Indian journal of veterinary science and animal husbandry - Volume 10,
Year: 1940
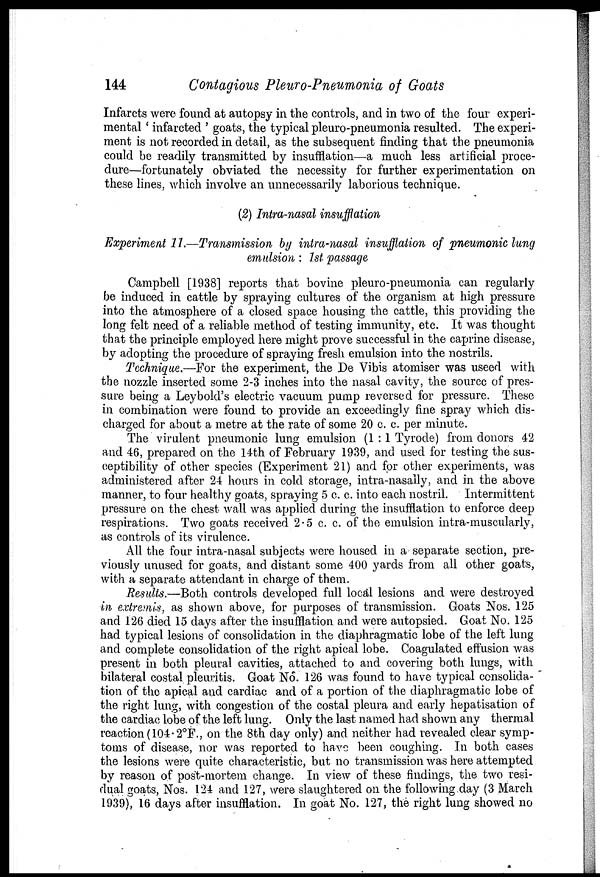
144
Contagious Pleuro-Pneumonia of Goats
Infarcts were found at autopsy in the controls, and in two of the four experi-
mental ' infarcted ' goats, the typical pleuro-pneumonia resulted. The experi-
ment is not recorded in detail, as the subsequent finding that the pneumonia
could be readily transmitted by insufflation—a much less artificial proce-
dure—fortunately obviated the necessity for further experimentation on
these lines, which involve an unnecessarily laborious technique.
(2) Intra-nasal insufflation
Experiment 11.—Transmission by intra-nasal insufflation of pneumonic lung
emulsion : 1st passage
Campbell [1938] reports that bovine pleuro-pneumonia can regularly
be induced in cattle by spraying cultures of the organism at high pressure
into the atmosphere of a closed space housing the cattle, this providing the
long felt need of a reliable method of testing immunity, etc. It was thought
that the principle employed here might prove successful in the caprine disease,
by adopting the procedure of spraying fresh emulsion into the nostrils.
Technique.—For the experiment, the De Vibis atomiser was useed with
the nozzle inserted some 2-3 inches into the nasal cavity, the source of pres-
sure being a Leybold's electric vacuum pump reversed for pressure. These
in combination were found to provide an exceedingly fine spray which dis-
charged for about a metre at the rate of some 20 c. c. per minute.
The virulent pneumonic lung emulsion (1:1 Tyrode) from donors 42
and 46, prepared on the 14th of February 1939, and used for testing the sus-
ceptibility of other species (Experiment 21) and for other experiments, was
administered after 24 hours in cold storage, intra-nasally, and in the above
manner, to four healthy goats, spraying 5 c. c. into each nostril. Intermittent
pressure on the chest wall was applied during the insufflation to enforce deep
respirations. Two goats received 2.5 c. c. of the emulsion intra-muscularly,
as controls of its virulence.
All the four intra-nasal subjects were housed in a separate section, pre-
viously unused for goats, and distant some 400 yards from all other goats,
with a separate attendant in charge of them.
Results.—Both controls developed full local lesions and were destroyed
in extremis, as shown above, for purposes of transmission. Goats Nos. 125
and 126 died 15 days after the insufflation and were autopsied. Goat No. 125
had typical lesions of consolidation in the diaphragmatic lobe of the left lung
and complete consolidation of the right apical lobe. Coagulated effusion was
present in both pleural cavities, attached to and covering both lungs, with
bilateral costal pleuritis. Goat No. 126 was found to have typical consolida-
tion of the apical and cardiac and of a portion of the diaphragmatic lobe of
the right lung, with congestion of the costal pleura and early hepatisation of
the cardiac lobe of the left lung. Only the last named had shown any thermal
reaction (104.2°F., on the 8th day only) and neither had revealed clear symp-
toms of disease, nor was reported to have been coughing. In both cases
the lesions were quite characteristic, but no transmission was here attempted
by reason of post-mortem change. In view of these findings, the two resi-
dual goats, Nos. 124 and 127, were slaughtered on the following day (3 March
1939), 16 days after insufflation. In goat No. 127, the right lung showed no